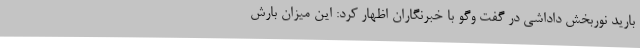
بارید نوربخش داداشی در گفت وگو با خبرنگاران اظهار کرد: این میزان بارش